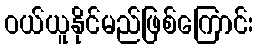
ဝယ်ယူနိုင်မည်ဖြစ်ကြောင်း